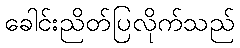
ခေါင်းညိတ်ပြလိုက်သည်